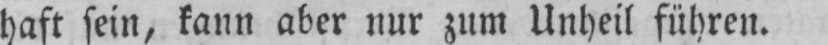
haft sein, kann aber nur zum Unheil führen.